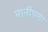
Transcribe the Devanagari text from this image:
मानीपणा